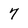
Character: 7